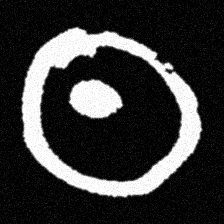
Pyu character \u2014 Myanmar letter: ထ (romanized: tha)